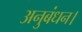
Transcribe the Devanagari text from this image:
अनुबंधन।